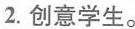
2.创意学生。